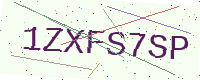
Text: 1ZXFS7SP